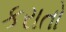
કરાતો